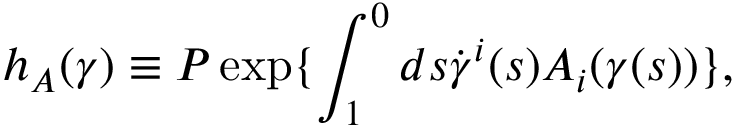
h _ { A } ( \gamma ) \equiv { \cal P } \exp \{ \int _ { 1 } ^ { 0 } d s \dot { \gamma } ^ { i } ( s ) A _ { i } ( \gamma ( s ) ) \} ,